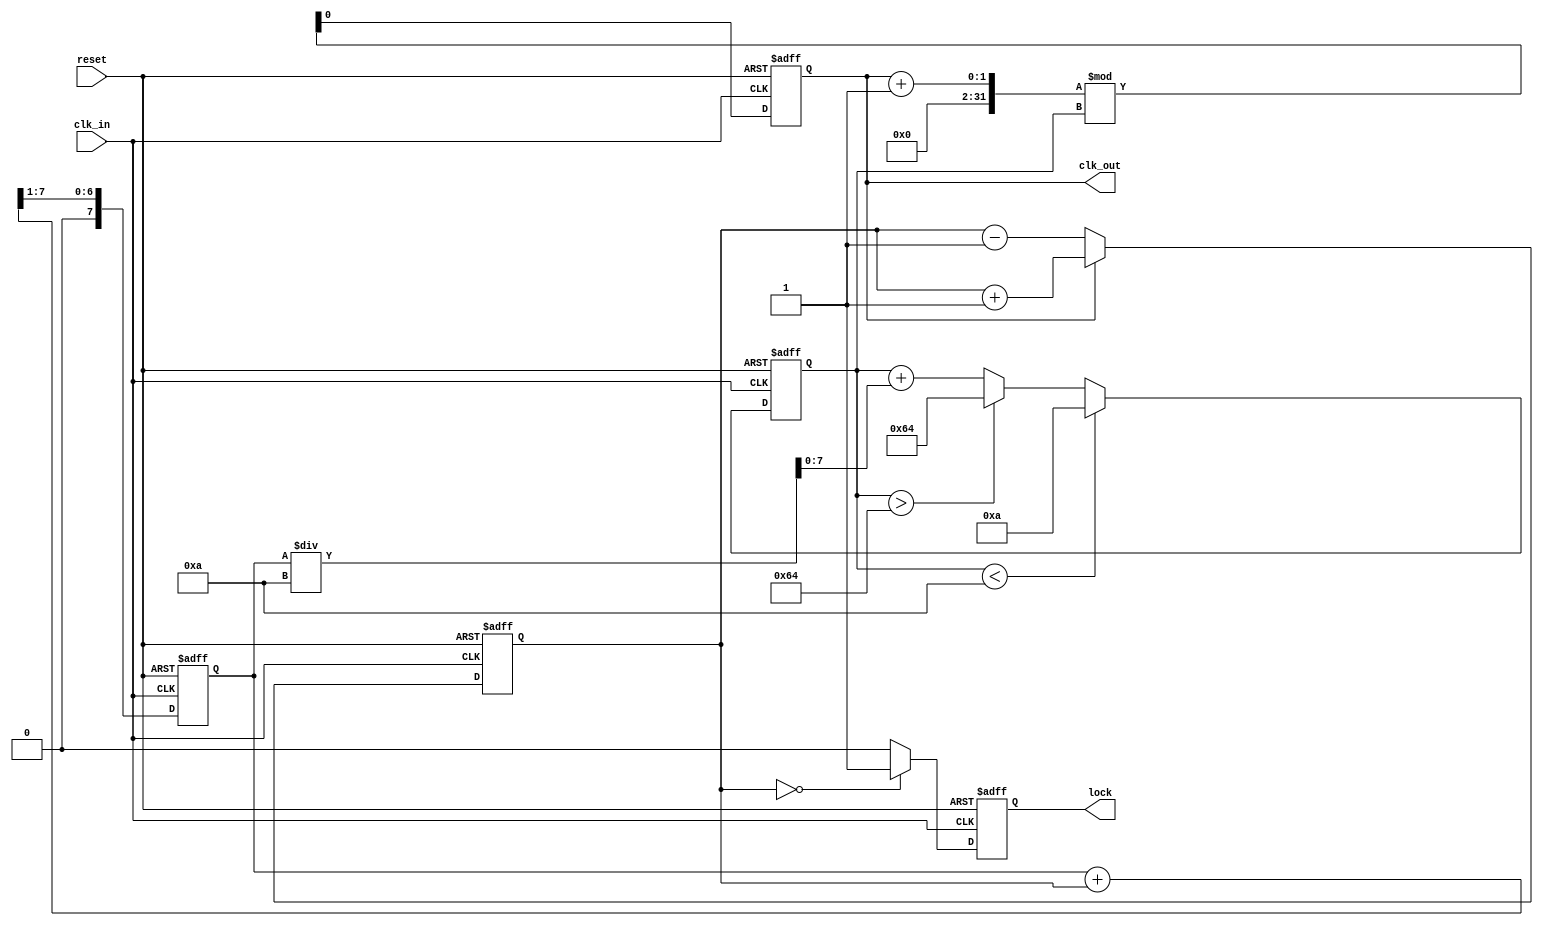
module pll (
    input wire clk_in,           // Incoming data signal
    input wire reset,            // Reset signal
    output reg clk_out,          // Synchronized output clock
    output reg lock              // Lock status
);

    // Parameters
    parameter PHASE_WIDTH = 4;   // Phase error width
    parameter VCO_MAX_FREQ = 100; // Max VCO frequency
    parameter VCO_MIN_FREQ = 10;  // Min VCO frequency

    // Internal signals
    reg [PHASE_WIDTH-1:0] phase_error; // Phase error signal
    reg [7:0] loop_filter_out;          // Output from loop filter
    reg [7:0] vco_freq;                 // VCO frequency control
    reg [7:0] memory_block;             // Memory block for phase info
    reg [7:0] feedback;                 // Feedback signal

    // Phase Detector (PD)
    always @(posedge clk_in or posedge reset) begin
        if (reset) begin
            phase_error <= 0;
        end else begin
            // Simple phase detection logic (for illustration)
            if (clk_out) begin
                phase_error <= phase_error + 1; // Increment if clk_out is high
            end else begin
                phase_error <= phase_error - 1; // Decrement if clk_out is low
            end
        end
    end

    // Loop Filter
    always @(posedge clk_in or posedge reset) begin
        if (reset) begin
            loop_filter_out <= 0;
        end else begin
            // Simple low-pass filter (for illustration)
            loop_filter_out <= (loop_filter_out + phase_error) >> 1; // Average
        end
    end

    // Voltage-Controlled Oscillator (VCO)
    always @(posedge clk_in or posedge reset) begin
        if (reset) begin
            vco_freq <= VCO_MIN_FREQ; // Start at minimum frequency
            clk_out <= 0;
        end else begin
            // Adjust VCO frequency based on loop filter output
            vco_freq <= vco_freq + loop_filter_out[7:0] / 10; // Simple adjustment
            if (vco_freq > VCO_MAX_FREQ) vco_freq <= VCO_MAX_FREQ;
            if (vco_freq < VCO_MIN_FREQ) vco_freq <= VCO_MIN_FREQ;

            // Generate output clock based on VCO frequency
            clk_out <= (clk_out + 1) % vco_freq; // Simple clock generation
        end
    end

    // Memory Block
    always @(posedge clk_in or posedge reset) begin
        if (reset) begin
            memory_block <= 0;
        end else begin
            memory_block <= phase_error; // Store phase error for adaptive adjustment
        end
    end

    // Feedback Loop
    always @(posedge clk_in or posedge reset) begin
        if (reset) begin
            feedback <= 0;
        end else begin
            feedback <= clk_out; // Feedback the output clock
        end
    end

    // Control Logic
    always @(posedge clk_in or posedge reset) begin
        if (reset) begin
            lock <= 0;
        end else begin
            // Simple lock detection logic (for illustration)
            if (phase_error == 0) begin
                lock <= 1; // Locked when phase error is zero
            end else begin
                lock <= 0; // Not locked otherwise
            end
        end
    end

endmodule